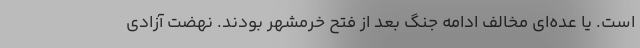
است. یا عده‌ای مخالف ادامه جنگ بعد از فتح خرمشهر بودند. نهضت آزادی